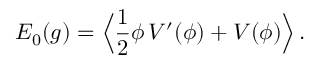
E _ { 0 } ( g ) = \Big \langle { \frac { 1 } { 2 } } \phi \, V ^ { \prime } ( \phi ) + V ( \phi ) \Big \rangle \, .